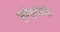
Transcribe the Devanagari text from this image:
पूर्ववृतोक्ति